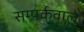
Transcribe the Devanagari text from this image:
सम्पर्कवाले